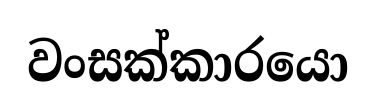
වංසක්කාරයො